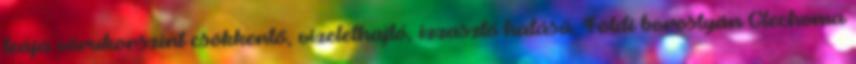
teája vérukorszint csökkentő, vizelethajtó, izzasztó hatású. Földi borostyán Glechoma